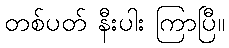
တစ်ပတ် နီးပါး ကြာပြီ။